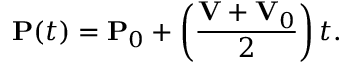
\mathbf { P } ( t ) = \mathbf { P } _ { 0 } + \left( { \frac { \mathbf { V } + \mathbf { V } _ { 0 } } { 2 } } \right) t .